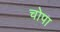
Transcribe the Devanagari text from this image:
चोपा